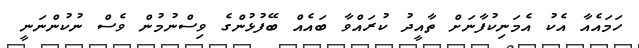
ހަމައެއާ އެކު އެމަނިކުފާނަށް ތާއީދު ކުރައްވާ ބައެއް ބޭފުޅުންގެ ވިސްނުމުން ވެސް ނުކުންނަނީ